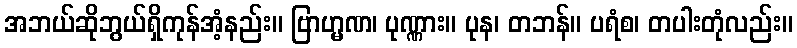
အဘယ်ဆိုဘွယ်ရှိကုန်အံ့နည်း။ ဗြာဟ္မဏ၊ ပုဏ္ဏား။ ပုန၊ တဘန်။ ပရံစ၊ တပါးတုံလည်း။